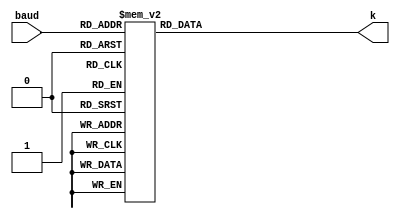
`timescale 1ns / 1ps
//////////////////////////////////////////////////////////////////////////////////
// Company: 
// Engineer: 
// 
// Design Name: 
// Module Name:    baud_decode 
// Project Name: 
// Target Devices: 
// Tool versions: 
// Description: 
//
// Dependencies: 
//
// Revision: 
// Revision 0.01 - File Created
// Additional Comments: 
//
//////////////////////////////////////////////////////////////////////////////////
module baud_decode(input [3:0] baud,
						 output reg [18:0] k);
						 
	always @ (*) begin
			case (baud)
				4'b0000: k = 333333 - 1; //300
				4'b0001: k = 83333 - 1;  //1200
				4'b0010: k = 41667 - 1;  //2400
				4'b0011: k = 20833 - 1;  //4800
				4'b0100: k = 10417 - 1;  //9600
				4'b0101: k = 5208 - 1;   //19200
				4'b0110: k = 2604 - 1;   //38400
				4'b0111: k = 1736 - 1;   //57600
				4'b1000: k = 868 - 1;    //115200
				4'b1001: k = 434 - 1;    //230400
				4'b1010: k = 217 - 1;    //460800
				4'b1011: k = 109 - 1;    //921600
			 //4'b1100: k = ;
			 //4'b1101: k = ;
			 //4'b1110: k = ;
			 //4'b1111: k = ;
				default: k = 333333 - 1;
			endcase
	end
endmodule